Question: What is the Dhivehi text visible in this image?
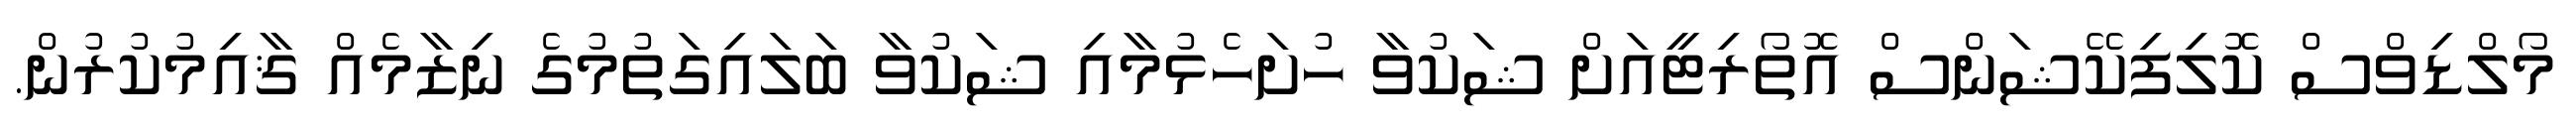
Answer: މޯލްޑިވްސް ކޮލިފިކޭޝަންސް އޮތޯރިޓީއަށް ޝަކުވާ ހުށަހެޅުމާއި ޝަކުވާ ބަލައިގަތުމުގެ ނިޒާމެއް ޤާއިމުކުރުން.